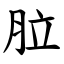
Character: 䏠